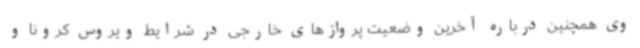
وی همچنین درباره آخرین وضعیت پروازهای خارجی در شرایط ویروس کرونا و